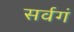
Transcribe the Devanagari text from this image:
सर्वगं